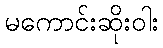
မကောင်းဆိုးဝါး